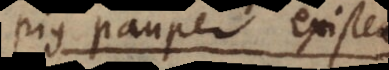
pius pauper existens